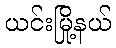
ယင်းမြို့နယ်